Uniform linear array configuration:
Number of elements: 12
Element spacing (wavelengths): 0.25
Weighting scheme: kaiser
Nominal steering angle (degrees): -30
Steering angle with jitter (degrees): -31.021
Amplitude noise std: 0.05
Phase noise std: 0.05

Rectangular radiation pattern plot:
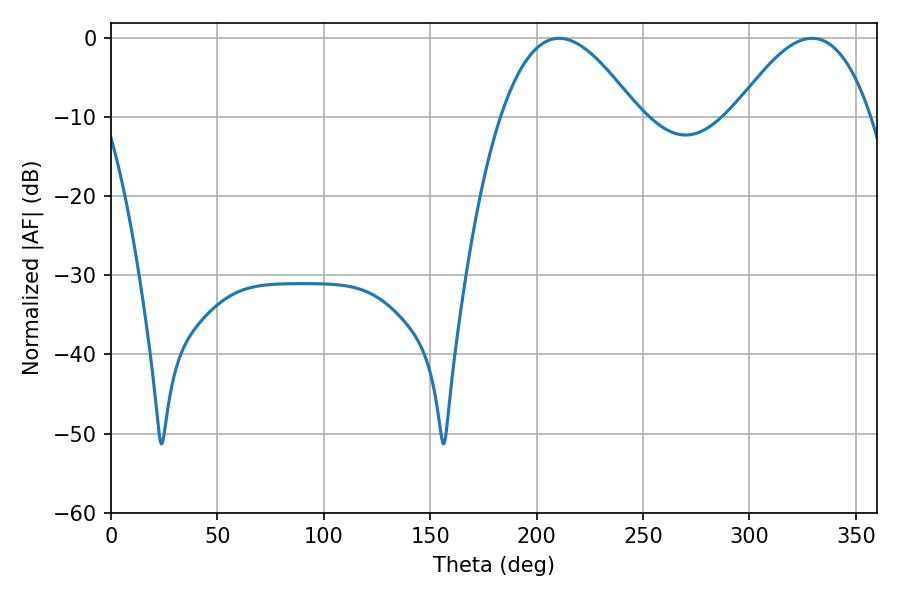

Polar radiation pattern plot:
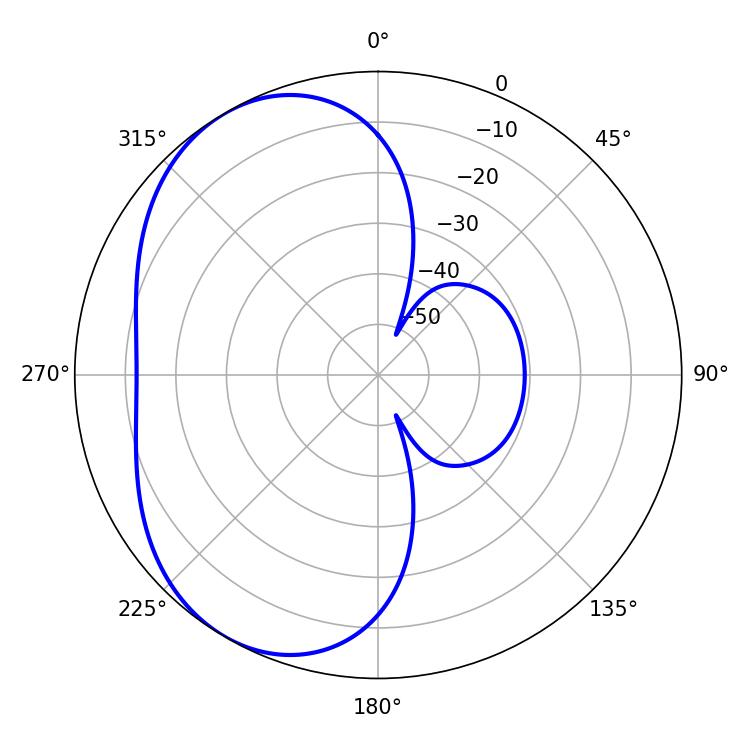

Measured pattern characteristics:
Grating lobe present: FALSE
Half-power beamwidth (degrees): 35.1
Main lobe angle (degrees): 210.6